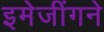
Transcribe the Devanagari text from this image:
इमेजींगने